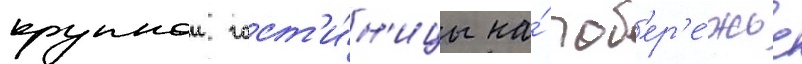
крупнои гост'и́н'ицы на́ поб'ер'е́жье